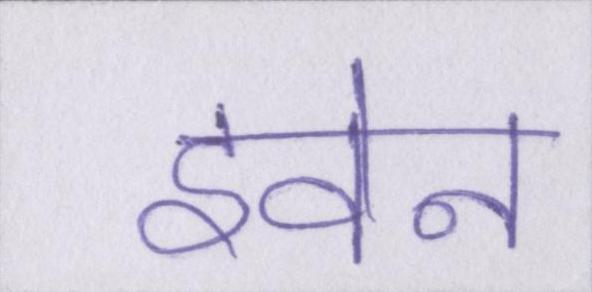
इवेन